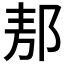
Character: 𲆒